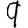
Digit: 9